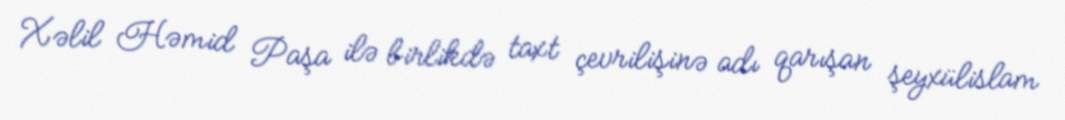
Xəlil Həmid Paşa ilə birlikdə taxt çevrilişinə adı qarışan şeyxülislam